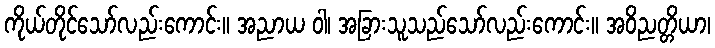
ကိုယ်တိုင်သော်လည်းကောင်း။ အညာယ ဝါ၊ အခြားသူသည်သော်လည်းကောင်း။ အဝိညတ္တိယာ၊